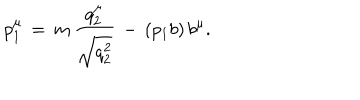
p _ { 1 } ^ { \mu } \, = \, m \, \frac { q _ { 2 } ^ { \mu } } { \sqrt { q _ { 2 } ^ { 2 } } } \, - \, ( p _ { 1 } b ) \, b ^ { \mu } .